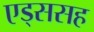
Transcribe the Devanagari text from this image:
एड्ससह